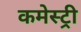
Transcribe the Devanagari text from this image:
कमेस्ट्री